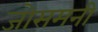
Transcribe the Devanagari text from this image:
जोसमनी